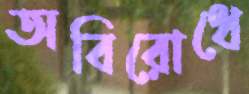
অবিরোধে